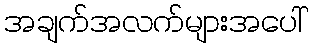
အချက်အလက်များအပေါ်